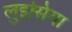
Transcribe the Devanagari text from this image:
लुइसिया